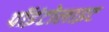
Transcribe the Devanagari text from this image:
पॉइंटोलाइट